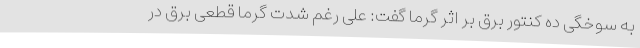
به سوخگی ده کنتور برق بر اثر گرما گفت: علی رغم شدت گرما قطعی برق در